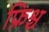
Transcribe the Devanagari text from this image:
फ्रिश्च